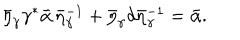
\bar { \eta } _ { \gamma } \gamma ^ { * } { \bf \bar { \alpha } } \, \bar { \eta } _ { \gamma } ^ { - 1 } + \bar { \eta } _ { \gamma } d \bar { \eta } _ { \gamma } ^ { - 1 } = { \bf \bar { \alpha } } .